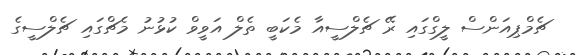
ޗެމްޕިއަންސް ލީގްގައި ރޭ ޗެލްސީއާ މެކަބީ ތެލް އަވީވް ކުޅުނު މެޗްގައި ޗެލްސީގެ